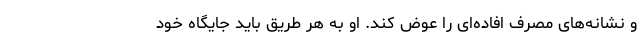
و نشانه‌های مصرف افاده‌ای را عوض کند. او به هر طریق باید جایگاه خود